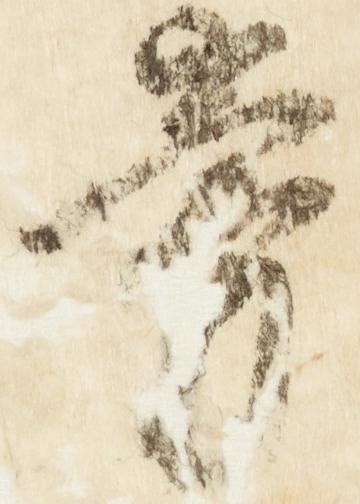
旁